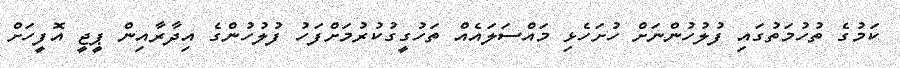
ކަމުގެ ތުހުމަތުގައި ފުލުހުންނަށް ހުށަހެޅި މައްސަލައެއް ތަހުގީގުކުރުމަށްފަހު ފުލުހުންގެ އިދާރާއިން ޕީޖީ އޮފީހަށް